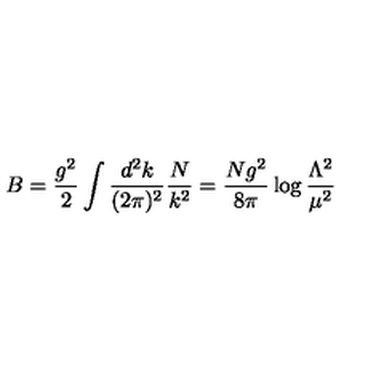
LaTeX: B = \frac { g ^ { 2 } } { 2 } \int \frac { d ^ { 2 } k } { ( 2 \pi ) ^ { 2 } } \frac { N } { k ^ { 2 } } = \frac { N g ^ { 2 } } { 8 \pi } \log { \frac { \Lambda ^ { 2 } } { \mu ^ { 2 } } }